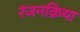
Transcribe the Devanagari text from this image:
रंजनक्रिया